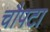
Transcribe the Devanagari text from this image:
चौपटा